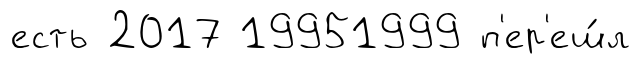
есть 2017 19951999 п'ер'еш́л